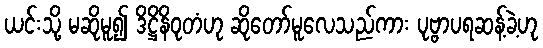
ယင်းသို့ မဆိုမူ၍ ဒိဋ္ဌိနိဝုတံဟု ဆိုတော်မူလေသည်ကား ပုဗ္ဗာပရဆန့်ခဲ့ဟု